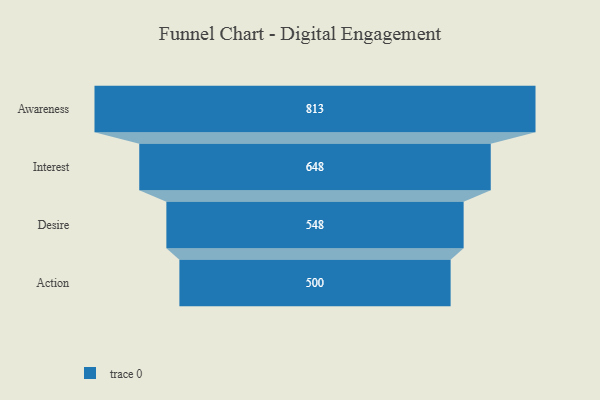
{"axis": {"x": "Stage", "y": "Value"}, "legend": [""], "data": [{"x": "Awareness", "y": 813.0, "type": ""}, {"x": "Interest", "y": 648.0, "type": ""}, {"x": "Desire", "y": 548.0, "type": ""}, {"x": "Action", "y": 500, "type": ""}]}